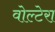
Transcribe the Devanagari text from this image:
वोल्टेरा